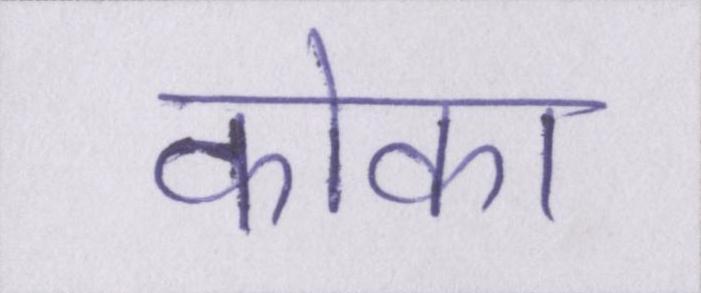
कोका